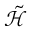
\tilde { \mathcal { H } }